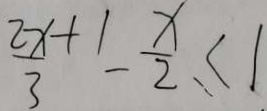
\frac { 2 x } { 3 } ^ { + 1 } - \frac { x } { 2 } \leq 1